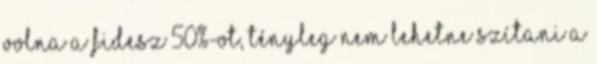
volna a fidesz 50%-ot, tényleg nem lehetne szítani a